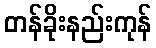
တန်ခိုးနည်းကုန်